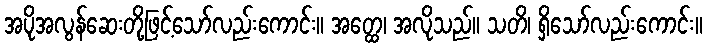
အပိုအလွန်ဆေးတို့ဖြင့်သော်လည်းကောင်း။ အတ္ထေ၊ အလိုသည်။ သတိ၊ ရှိသော်လည်းကောင်း။